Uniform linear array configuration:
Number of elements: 8
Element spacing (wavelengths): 0.25
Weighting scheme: blackman
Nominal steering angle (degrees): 60
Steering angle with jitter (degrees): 60.414
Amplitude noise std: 0.05
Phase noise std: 0.05

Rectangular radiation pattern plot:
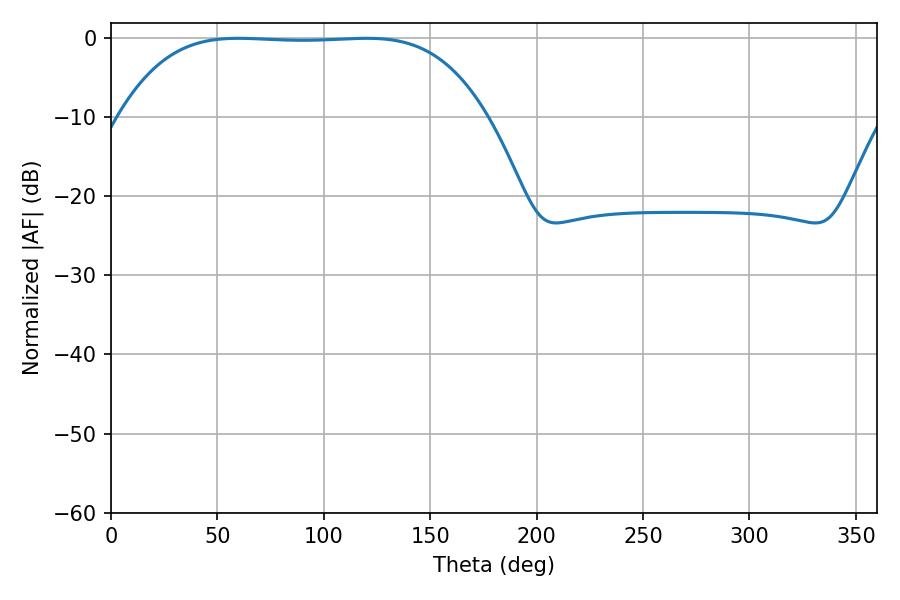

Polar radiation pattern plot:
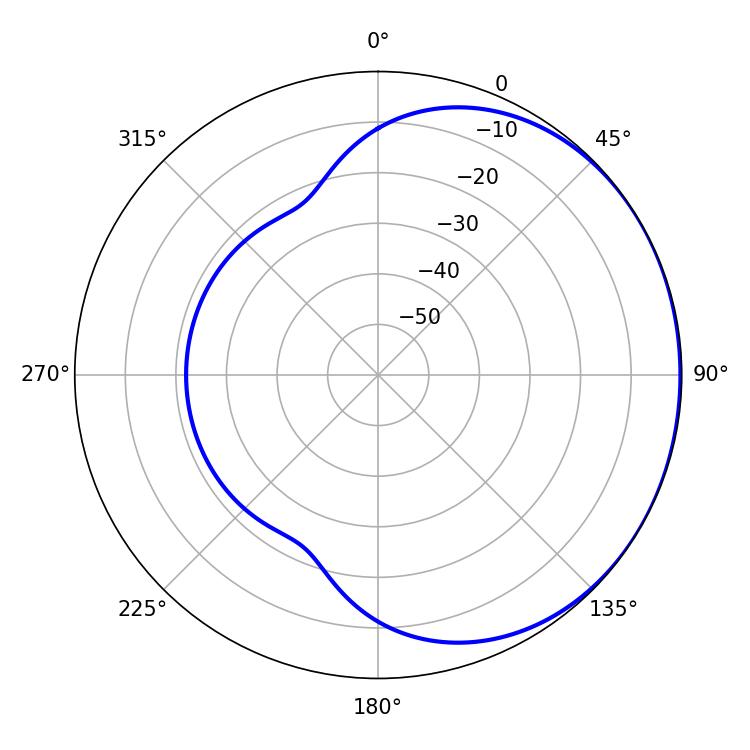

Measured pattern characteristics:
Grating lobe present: FALSE
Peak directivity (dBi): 0.6254
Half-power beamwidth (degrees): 132.48
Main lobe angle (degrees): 59.94